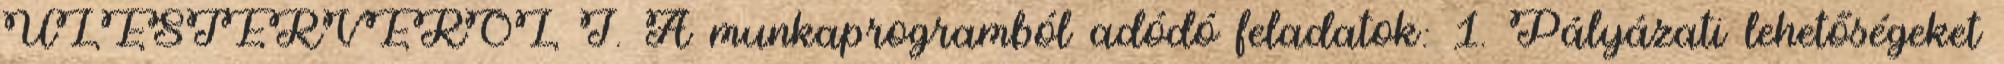
ÜLÉSTERVÉRŐL I. A munkaprogramból adódó feladatok: 1. Pályázati lehetőségeket